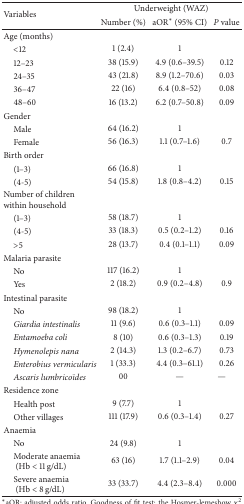
<table><thead><tr><td rowspan="2"><b>Variables</b></td><td colspan="3"><b>Underweight (WAZ)</b></td></tr><tr><td><b>Number (%)</b></td><td><b>aOR∗ (95% CI)</b></td><td><b><i>P</i> value</b></td></tr></thead><tbody><tr><td>Age (months)</td><td> </td><td> </td><td> </td></tr><tr><td> &lt;12 </td><td>1 (2.4)</td><td>1</td><td> </td></tr><tr><td> 12–23</td><td>38 (15.9)</td><td>4.9 (0.6–39.5)</td><td>0.12</td></tr><tr><td> 24–35</td><td>43 (21.8)</td><td>8.9 (1.2–70.6)</td><td>0.03</td></tr><tr><td> 36–47</td><td>22 (16)</td><td>6.4 (0.8–52)</td><td>0.08</td></tr><tr><td> 48–60</td><td>16 (13.2)</td><td>6.2 (0.7–50.8)</td><td>0.09</td></tr><tr><td>Gender</td><td> </td><td> </td><td> </td></tr><tr><td> Male</td><td>64 (16.2)</td><td>1</td><td> </td></tr><tr><td> Female</td><td>56 (16.3)</td><td>1.1 (0.7–1.6)</td><td>0.7</td></tr><tr><td>Birth order</td><td> </td><td> </td><td> </td></tr><tr><td> (1–3)</td><td>66 (16.8)</td><td>1</td><td> </td></tr><tr><td> (4-5)</td><td>54 (15.8)</td><td>1.8 (0.8–4.2)</td><td>0.15</td></tr><tr><td>Number of children within household</td><td> </td><td> </td><td> </td></tr><tr><td> (1–3)</td><td>58 (18.7)</td><td>1</td><td> </td></tr><tr><td> (4-5)</td><td>33 (18.3)</td><td>0.5 (0.2–1.2)</td><td>0.16</td></tr><tr><td> &gt;5</td><td>28 (13.7)</td><td>0.4 (0.1–1.1)</td><td>0.09</td></tr><tr><td>Malaria parasite</td><td> </td><td> </td><td> </td></tr><tr><td> No</td><td>117 (16.2)</td><td>1</td><td> </td></tr><tr><td> Yes</td><td>2 (18.2)</td><td>0.9 (0.2–4.8)</td><td>0.9</td></tr><tr><td>Intestinal parasite</td><td> </td><td> </td><td> </td></tr><tr><td> No</td><td>98 (18.2)</td><td>1</td><td> </td></tr><tr><td> <i>Giardia intestinalis </i></td><td>11 (9.6)</td><td>0.6 (0.3–1.1)</td><td>0.09</td></tr><tr><td> <i>Entamoeba coli </i></td><td>8 (10)</td><td>0.6 (0.3–1.3)</td><td>0.19</td></tr><tr><td> <i>Hymenolepis nana </i></td><td>2 (14.3)</td><td>1.3 (0.2–6.7)</td><td>0.73</td></tr><tr><td> <i>Enterobius vermicularis </i></td><td>1 (33.3)</td><td>4.4 (0.3–61.1)</td><td>0.26</td></tr><tr><td> <i>Ascaris lumbricoïdes </i></td><td>00</td><td>—</td><td>— </td></tr><tr><td>Residence zone</td><td> </td><td> </td><td> </td></tr><tr><td> Health post</td><td>9 (7.7)</td><td>1</td><td> </td></tr><tr><td> Other villages</td><td>111 (17.9)</td><td>0.6 (0.3–1.4)</td><td>0.27</td></tr><tr><td>Anaemia</td><td> </td><td> </td><td> </td></tr><tr><td> No</td><td>24 (9.8)</td><td>1</td><td> </td></tr><tr><td> Moderate anaemia(Hb &lt; 11 g/dL)</td><td>63 (16)</td><td>1.7 (1.1–2.9)</td><td>0.04</td></tr><tr><td> Severe anaemia(Hb &lt; 8 g/dL)</td><td>33 (33.7)</td><td>4.4 (2.3–8.4)</td><td>0.000</td></tr></tbody></table>